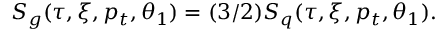
S _ { g } ( \tau , \xi , p _ { t } , \theta _ { 1 } ) = ( 3 / 2 ) S _ { q } ( \tau , \xi , p _ { t } , \theta _ { 1 } ) .